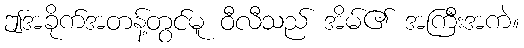
ဤအခိုက်အတန့်တွင်မူ ဝီလီသည် အိမ်၏ အကြီးအကဲ။